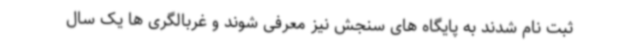
ثبت نام شدند به پایگاه های سنجش نیز معرفی شوند و غربالگری ها یک سال